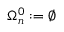
\Omega _ { n } ^ { 0 } : = \varnothing